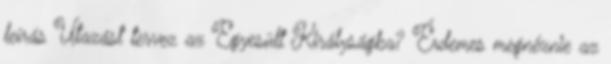
leírás Utazást tervez az Egyesült Királyságba? Érdemes megnéznie az